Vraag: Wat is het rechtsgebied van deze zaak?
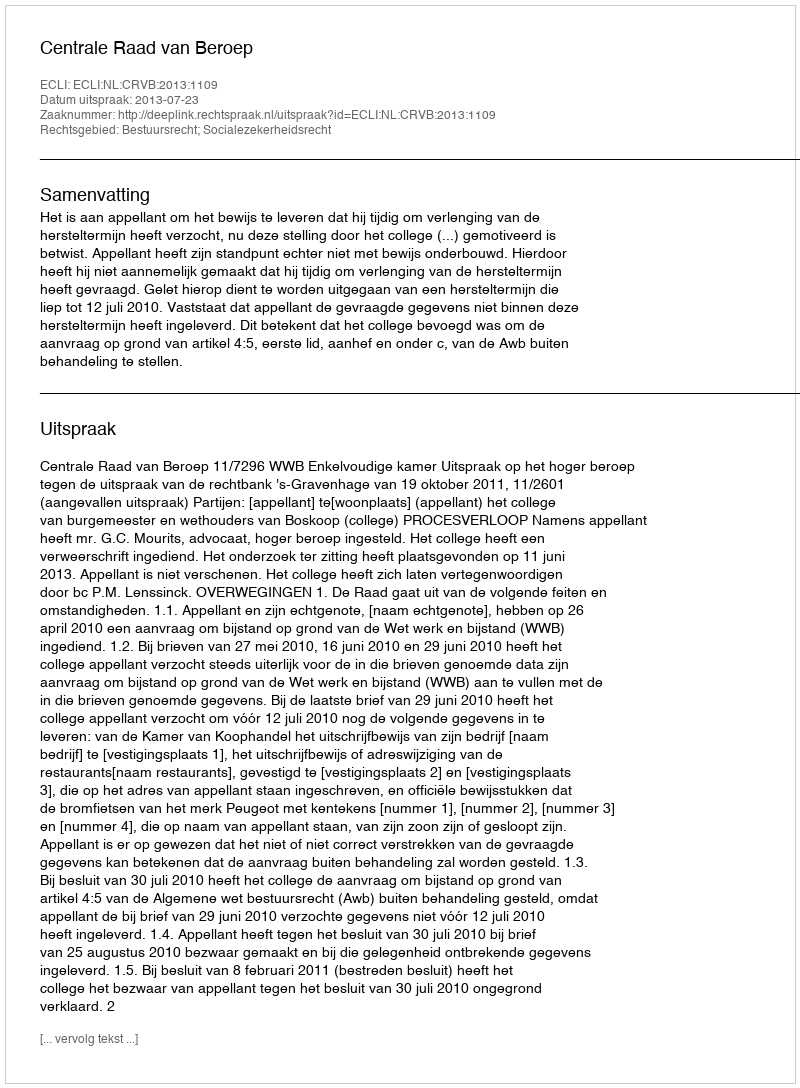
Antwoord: Bestuursrecht; Socialezekerheidsrecht